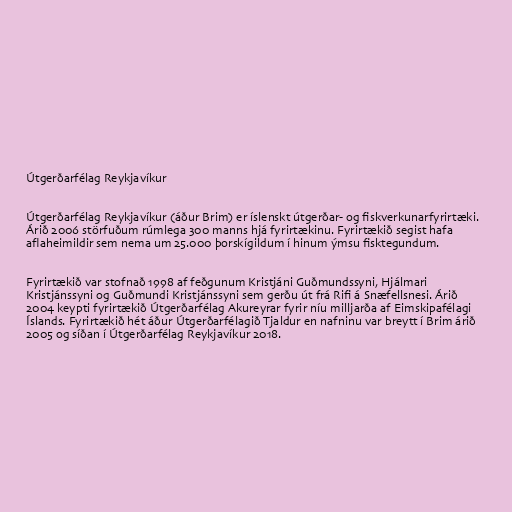
Útgerðarfélag Reykjavíkur

Útgerðarfélag Reykjavíkur (áður Brim) er íslenskt útgerðar- og fiskverkunarfyrirtæki.
Árið 2006 störfuðum rúmlega 300 manns hjá fyrirtækinu. Fyrirtækið segist hafa
aflaheimildir sem nema um 25.000 þorskígildum í hinum ýmsu fisktegundum.

Fyrirtækið var stofnað 1998 af feðgunum Kristjáni Guðmundssyni, Hjálmari
Kristjánssyni og Guðmundi Kristjánssyni sem gerðu út frá Rifi á Snæfellsnesi. Árið
2004 keypti fyrirtækið Útgerðarfélag Akureyrar fyrir níu milljarða af Eimskipafélagi
Íslands. Fyrirtækið hét áður Útgerðarfélagið Tjaldur en nafninu var breytt í Brim árið
2005 og síðan í Útgerðarfélag Reykjavíkur 2018.